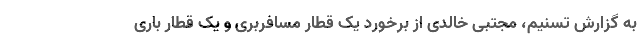
به گزارش تسنیم، مجتبی خالدی از برخورد یک قطار مسافربری و یک قطار باری